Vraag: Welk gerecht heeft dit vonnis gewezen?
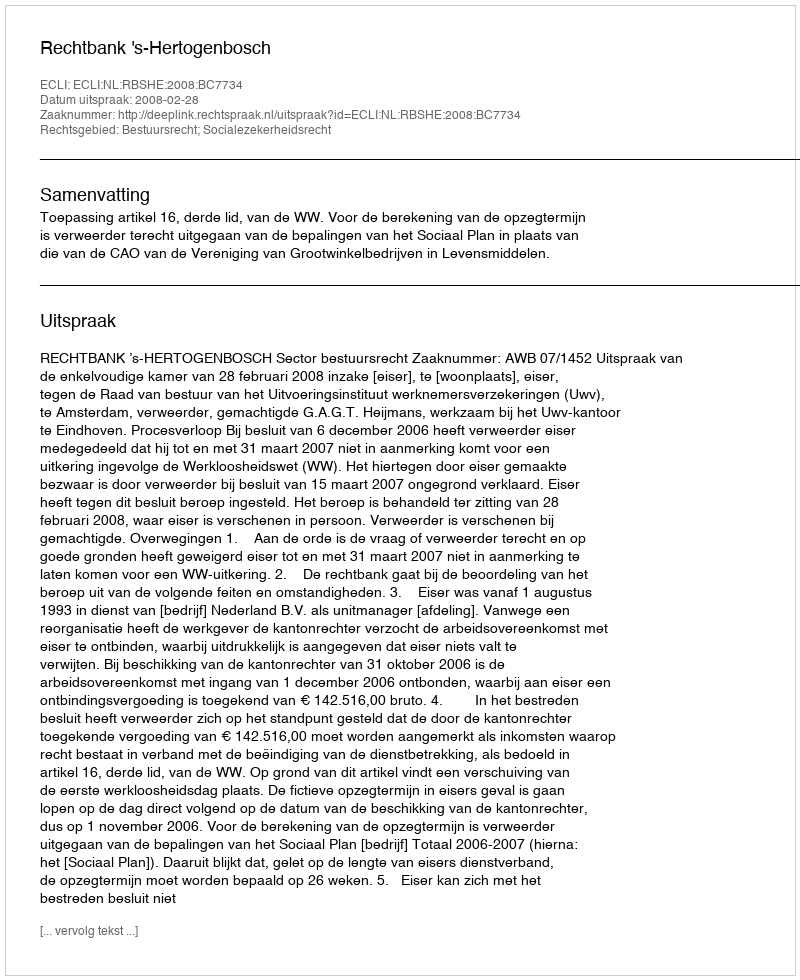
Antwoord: Rechtbank 's-Hertogenbosch